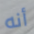
أنه